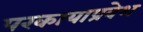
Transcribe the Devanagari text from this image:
परकायाप्रवेश